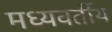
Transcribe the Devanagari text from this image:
मध्यवर्तीय